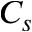
C _ { s }